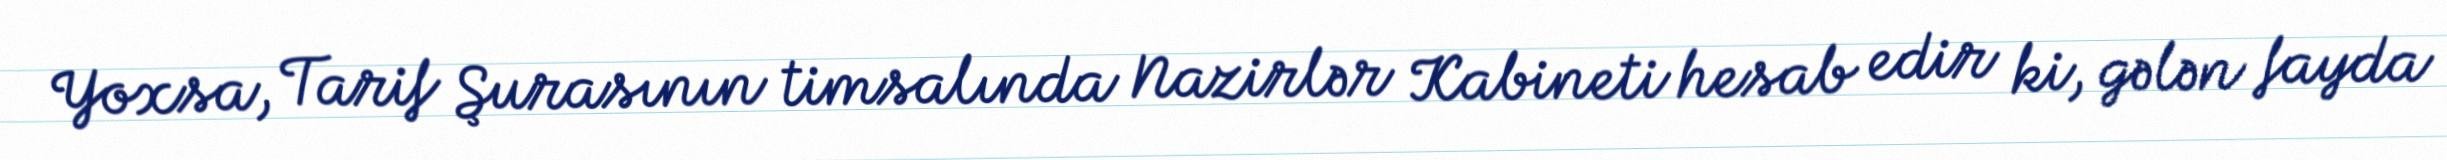
Yoxsa, Tarif Şurasının timsalında Nazirlər Kabineti hesab edir ki, gələn fayda